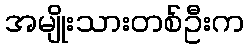
အမျိုးသားတစ်ဦးက